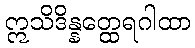
ဣသိဒိန္နတ္ထေရဂါထာ